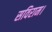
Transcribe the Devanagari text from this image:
सविराम।